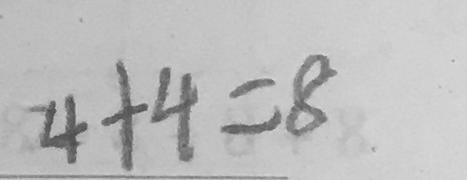
4 + 4 = 8